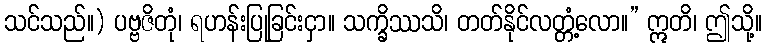
သင်သည်။) ပဗ္ဗဇိတုံ၊ ရဟန်းပြုခြင်းငှာ။ သက္ခိဿသိ၊ တတ်နိုင်လတ္တံ့လော။” ဣတိ၊ ဤသို့။